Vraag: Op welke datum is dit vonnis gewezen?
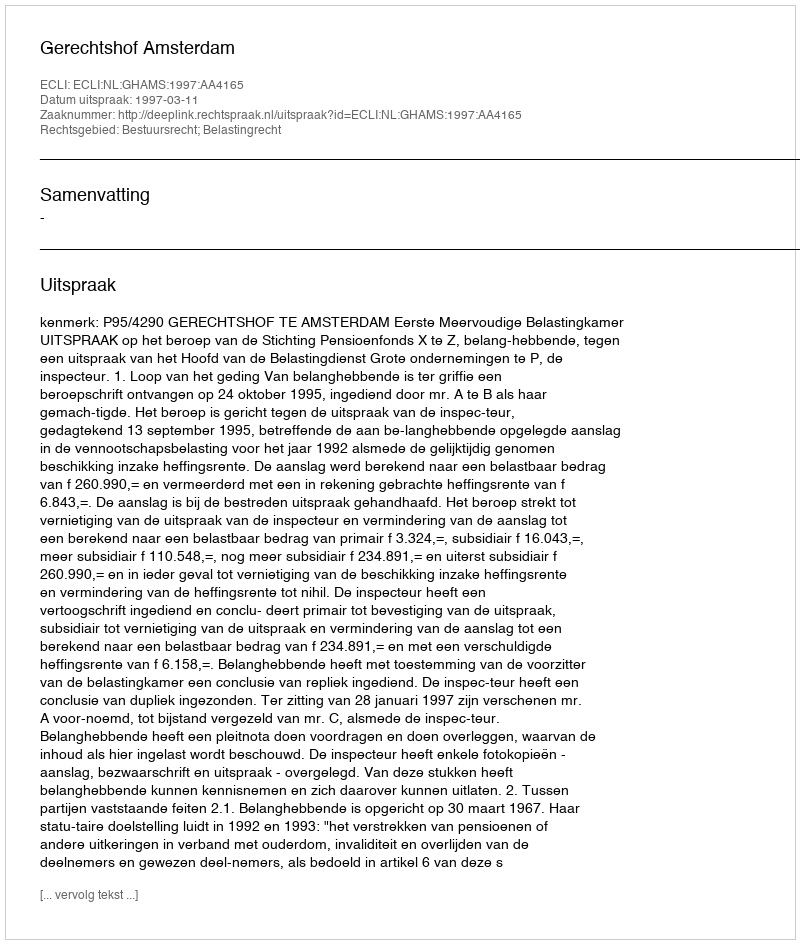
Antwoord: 1997-03-11